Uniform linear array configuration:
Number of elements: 8
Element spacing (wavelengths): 1
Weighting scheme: exponential
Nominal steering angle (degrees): -15
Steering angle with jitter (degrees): -16.67
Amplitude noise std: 0.05
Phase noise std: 0.05

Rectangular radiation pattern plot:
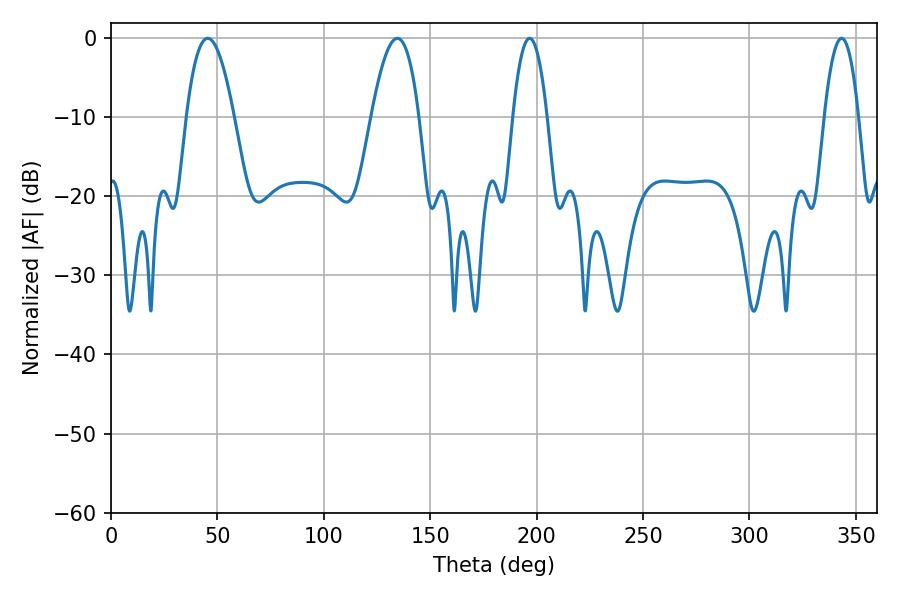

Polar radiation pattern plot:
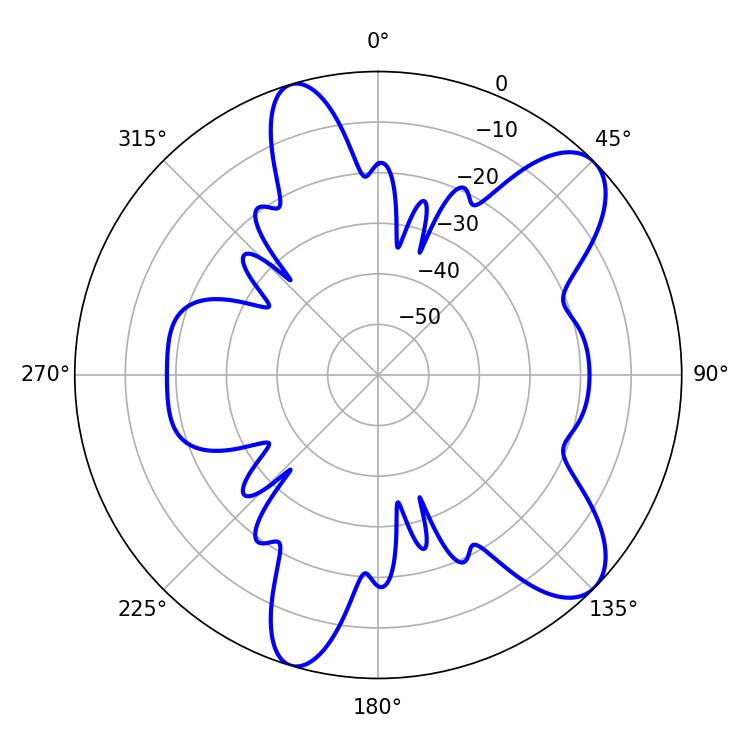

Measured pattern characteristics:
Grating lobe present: TRUE
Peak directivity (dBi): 9.305
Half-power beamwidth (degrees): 9
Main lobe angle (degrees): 196.74